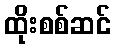
ထိုးစစ်ဆင်